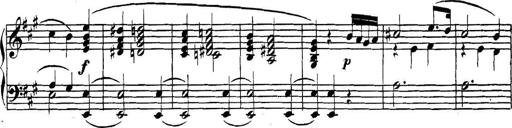
Title: Collected Piano Sonatas
Composer: Muzio Clementi